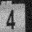
Digit: 4